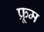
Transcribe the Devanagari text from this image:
फ्रूम